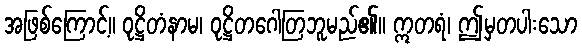
အဖြစ်ကြောင့်။ ဝုဋ္ဌိတံနာမ၊ ဝုဋ္ဌိတဂေါတြဘူမည်၏။ ဣတရံ၊ ဤမှတပါးသော